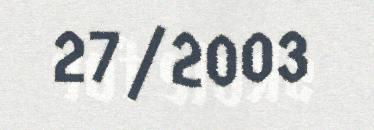
27/2003